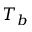
T _ { b }